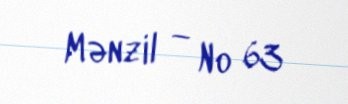
Mənzil — № 63